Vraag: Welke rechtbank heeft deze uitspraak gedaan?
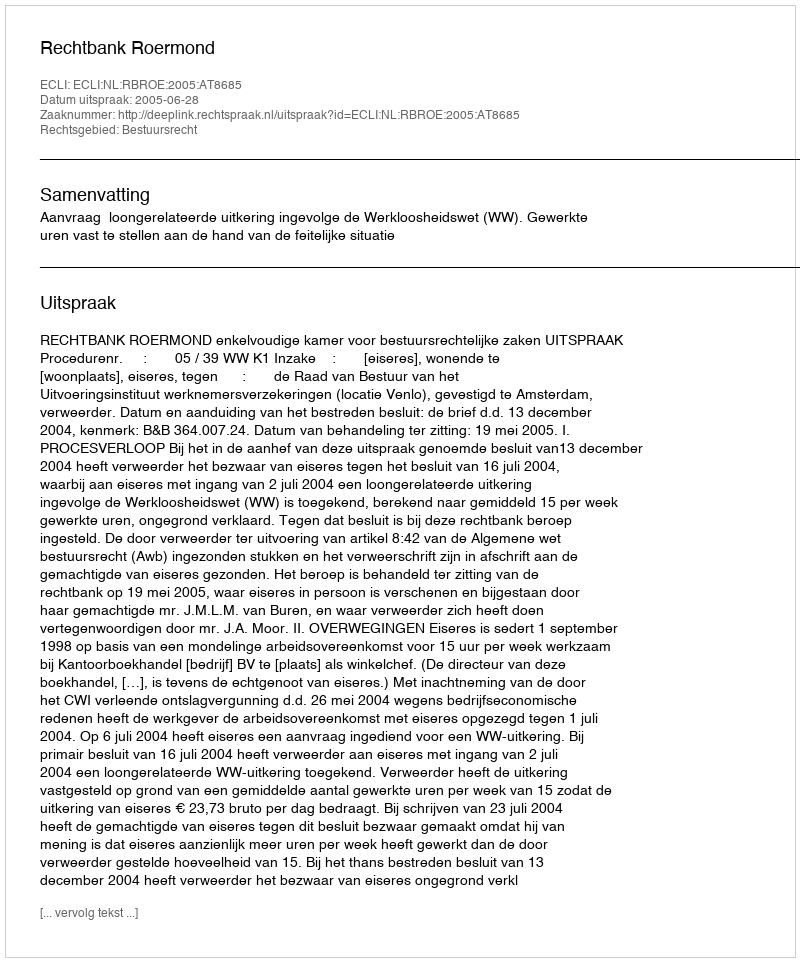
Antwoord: Rechtbank Roermond